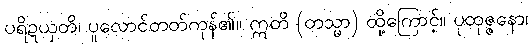
ပရိဍယှတိ၊ ပူလောင်တတ်ကုန်၏။ ဣတိ (တသ္မာ) ထို့ကြောင့်။ ပုထုဇ္ဇနော၊